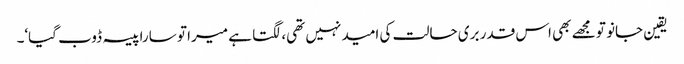
یقین جانو تو مجھے بھی اس قدر بری حالت کی امید نہیں تھی، لگتا ہے میرا تو سارا پیسہ ڈوب گیا‘۔